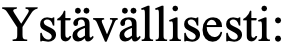
Ystävällisesti: